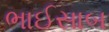
ભાઈસાબ